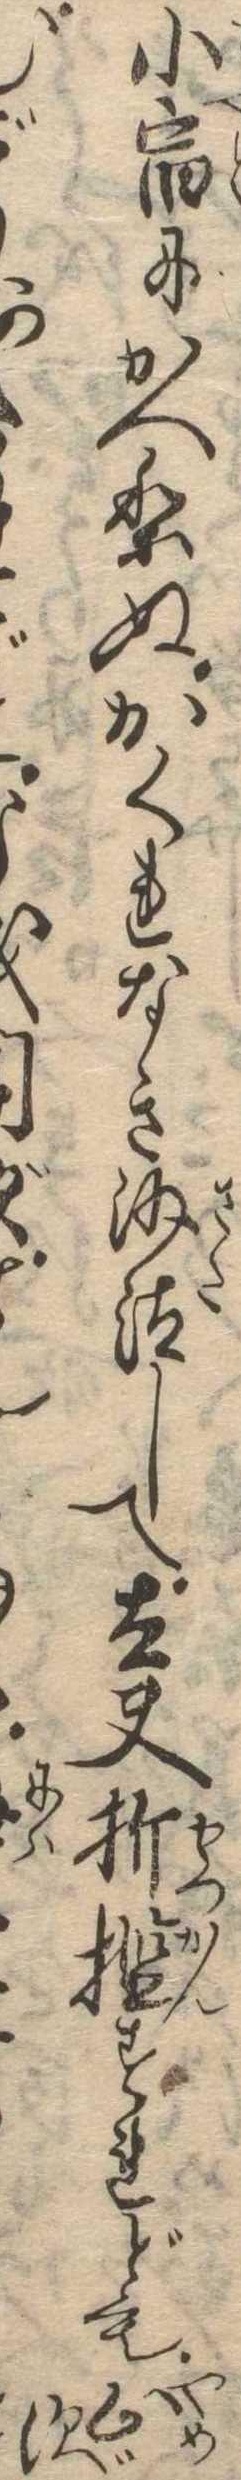
小宿にかへりぬかくれなき沙汰して太夫折檻すれども止ずむごど